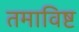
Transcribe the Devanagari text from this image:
तमाविष्ट